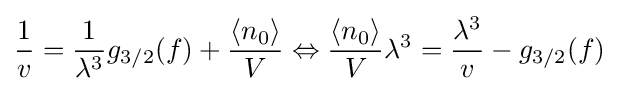
{\frac {1}{v}}={\frac {1}{\lambda ^{3}}}g_{3/2}(f)+{\frac {\langle n_{0}\rangle }{V}}\Leftrightarrow {\frac {\langle n_{0}\rangle }{V}}\lambda ^{3}={\frac {\lambda ^{3}}{v}}-g_{3/2}(f)